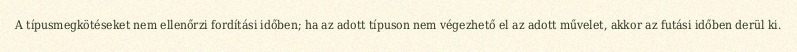
A típusmegkötéseket nem ellenőrzi fordítási időben; ha az adott típuson nem végezhető el az adott művelet, akkor az futási időben derül ki.